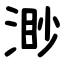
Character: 渺